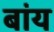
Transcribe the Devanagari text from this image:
बांय